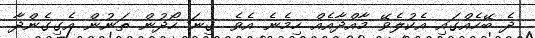
ދެ ބޭހެއްގައި އެކުލެވޭ މާއްދާއެއް ހިމެނެ އެވެ. ގިނަ ހޯދުން ތަނުން އެގިގެންދާ